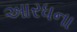
આરધના